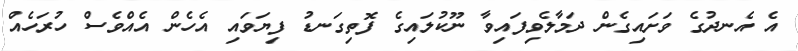
އެ އެނދުގެ ވަށައިގެން ދަމާލެވިފައިވާ ނޫކުލައިގެ ފޮތިގަނޑު ފިޔަވައި އެހެން އެއްވެސް ހުރަހެއް